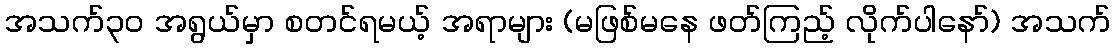
အသက်၃၀ အရွယ်မှာ စတင်ရမယ့် အရာများ (မဖြစ်မနေ ဖတ်ကြည့် လိုက်ပါနော်) အသက်